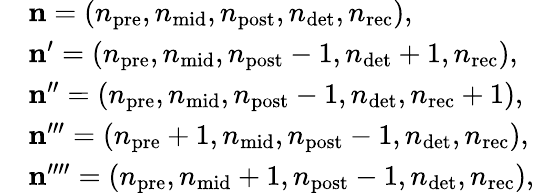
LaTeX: \begin{array}{rl}&{\mathbf{n}=\left(n_{\mathrm{pre}},n_{\mathrm{mid}},n_{\mathrm{post}},n_{\mathrm{det}},n_{\mathrm{rec}}\right),}\\ &{\mathbf{n}^{\prime}=\left(n_{\mathrm{pre}},n_{\mathrm{mid}},n_{\mathrm{post}}-1,n_{\mathrm{det}}+1,n_{\mathrm{rec}}\right),}\\ &{\mathbf{n}^{\prime\prime}=\left(n_{\mathrm{pre}},n_{\mathrm{mid}},n_{\mathrm{post}}-1,n_{\mathrm{det}},n_{\mathrm{rec}}+1\right),}\\ &{\mathbf{n}^{\prime\prime\prime}=\left(n_{\mathrm{pre}}+1,n_{\mathrm{mid}},n_{\mathrm{post}}-1,n_{\mathrm{det}},n_{\mathrm{rec}}\right),}\\ &{\mathbf{n}^{\prime\prime\prime\prime}=\left(n_{\mathrm{pre}},n_{\mathrm{mid}}+1,n_{\mathrm{post}}-1,n_{\mathrm{det}},n_{\mathrm{rec}}\right),}\end{array}